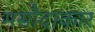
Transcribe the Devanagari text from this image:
मसौदाकार